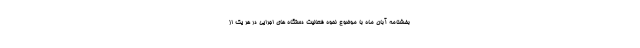
بخشنامه آبان ماه با موضوع نحوه فعالیت دستگاه های اجرایی در هر یک از